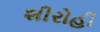
શીરોહી